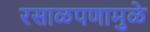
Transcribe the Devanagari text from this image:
रसाळपणामुळे